Indian journal of veterinary science and animal husbandry - Volume 2,
Year: 1932
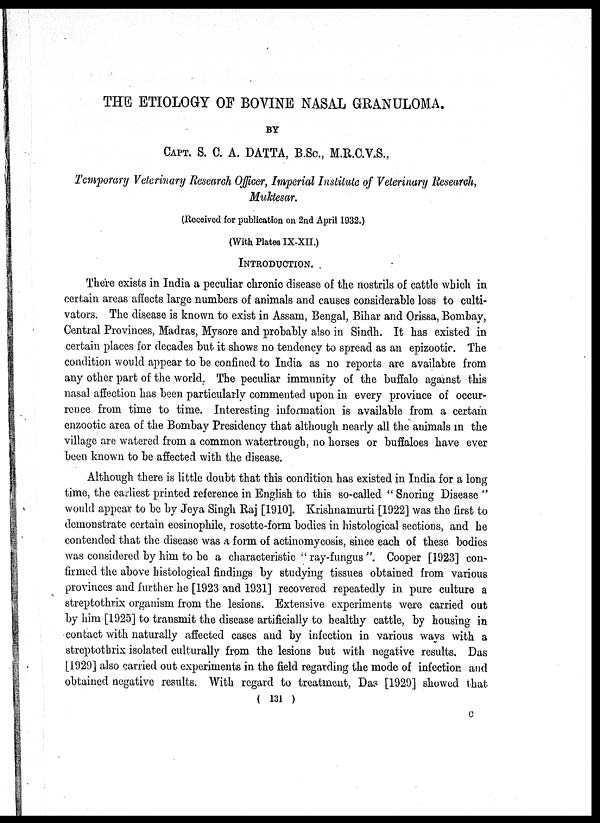
THE ETIOLOGY OF BOVINE NASAL GRANULOMA.
BY
CAPT. S. C. A. DATTA, B.Sc., M.R.C.V.S.,
Temporary Veterinary Research Officer, Imperial Institute of Veterinary Research,
Muktesar.
(Received for publication on 2nd April 1932.)
(With Plates IX-XII.)
INTRODUCTION.
There exists in India a peculiar chronic disease of the nostrils of cattle which in
certain areas affects large numbers of animals and causes considerable loss to culti-
vators. The disease is known to exist in Assam, Bengal, Bihar and Orissa, Bombay,
Central Provinces, Madras, Mysore and probably also in Sindh. It has existed in
certain places for decades but it shows no tendency to spread as an epizootic. The
condition would appear to be confined to India as no reports are available from
any other part of the world. The peculiar immunity of the buffalo against this
nasal affection has been particularly commented upon in every province of occur-
rence from time to time. Interesting information is available from a certain
enzootic area of the Bombay Presidency that although nearly all the animals in the
village are watered from a common watertrough, no horses or buffaloes have ever
been known to be affected with the disease.
Although there is little doubt that this condition has existed in India for a long
time, the earliest printed reference in English to this so-called " Snoring Disease "
would appear to be by Jeya Singh Raj [1910]. Krishnamurti [1922] was the first to
demonstrate certain eosinophile, rosette-form bodies in histological sections, and he
contended that the disease was a form of actinomycosis, since each of these bodies
was considered by him to be a characteristic " ray-fungus ". Cooper [1923] con-
firmed the above histological findings by studying tissues obtained from various
provinces and further he [1923 and 1931] recovered repeatedly in pure culture a
streptothrix organism from the lesions. Extensive experiments were carried out
by him [1925] to transmit the disease artificially to healthy cattle, by housing in
contact with naturally affected cases and by infection in various ways with a
streptothrix isolated culturally from the lesions but with negative results. Das
[1929] also carried out experiments in the field regarding the mode of infection and
obtained negative results. With regard to treatment, Das [1929] showed that
( 131 )
C